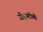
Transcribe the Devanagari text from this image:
जीएमटीव्ही